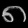
Digit: ၈